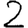
Digit: 2